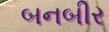
બનબીર